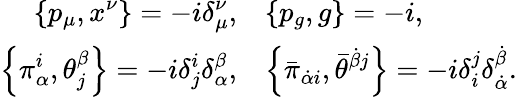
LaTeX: \begin{array}{rl}{{{\displaystyle\left\{ p_{\mu},x^{\nu}\right\} =-i\delta_{\mu}^{\nu},}}}&{{{\displaystyle\left\{ p_{g},g\right\} =-i,}}}\\ {{{\displaystyle\left\{ \pi_{\alpha}^{i},\theta_{j}^{\beta}\right\} =-i\delta_{j}^{i}\delta_{\alpha}^{\beta},}}}&{{{\displaystyle\left\{ \bar{\pi}_{\dot{\alpha}i},\bar{\theta}^{\dot{\beta}j}\right\} =-i\delta_{i}^{j}\delta_{\dot{\alpha}}^{\dot{\beta}}.}}}\end{array}